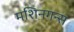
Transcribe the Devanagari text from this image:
मशिनगन्स